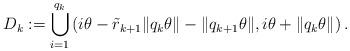
LaTeX: \begin{align*}D_k := \bigcup_{i=1}^{q_{k}} \left( i \theta - \tilde r_{k+1} \|q_{k} \theta\| - \|q_{k+1}\theta\|, i\theta + \| q_{k} \theta\| \right).\end{align*}